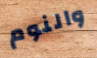
والنوم